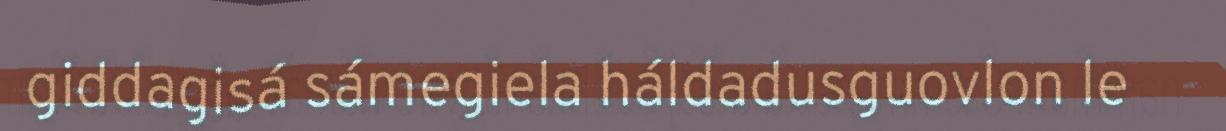
giddagisá sámegiela háldadusguovlon le